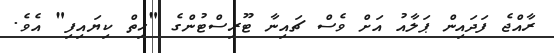
ރާއްޖެ ފަދައިން ޕަލާއު އަށް ވެސް ޗައިނާ ޓޫރިސްޓުންގެ "ހިތް ކިޔައިފި" އެވެ.